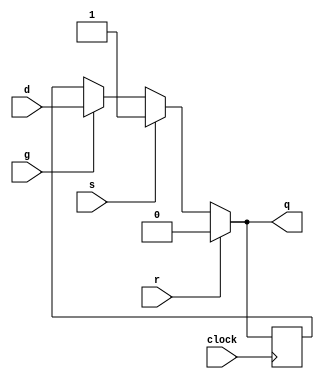
module stlatch (
    input clock,
    input s,    // set
    input r,    // reset
    input g,    // gate
    input  [WIDTH-1:0] d, // input
    output reg [WIDTH-1:0] q  // output
);

parameter WIDTH = 1;

reg [WIDTH-1:0] val_reg;

always @(*) begin
    if (r)
        q = 0;
    else if (s)
        q = 1;
    else if (g)
        q = d;
    else
        q = val_reg;
end

always @(posedge clock) begin
    val_reg <= q;
end

endmodule